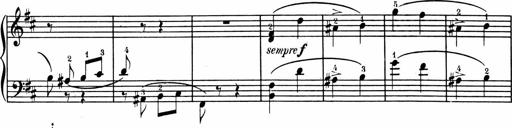
Title: 1Ã¨re Sonatine
Composer: FrÃ©dÃ©ric Binet